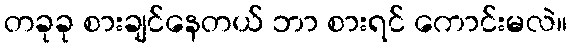
တခုခု စားချင်နေတယ် ဘာ စားရင် ကောင်းမလဲ။